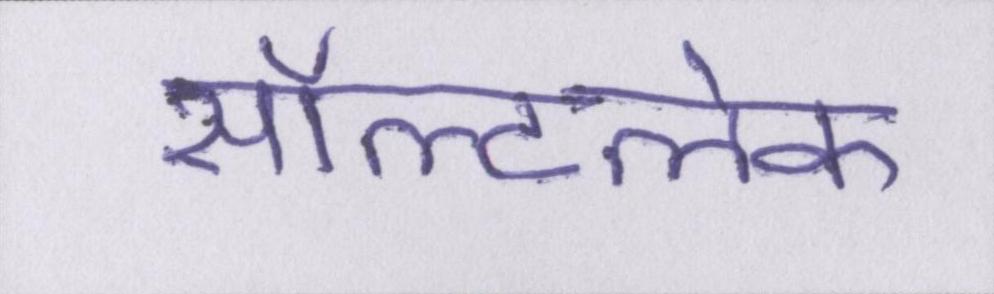
सॉल्टलेक